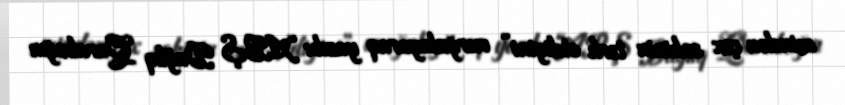
mindən çox sakinin tərk etdiyini” vurğulayaraq yazıb: “ABŞ Dağlıq Qarabağın